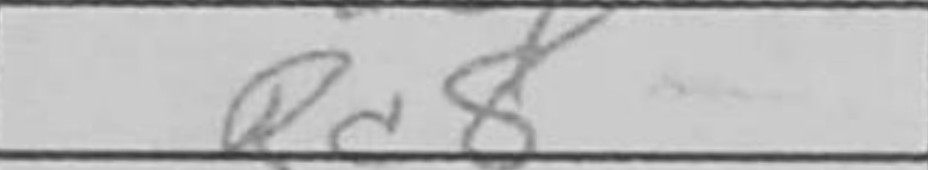
Transcription: Rd8